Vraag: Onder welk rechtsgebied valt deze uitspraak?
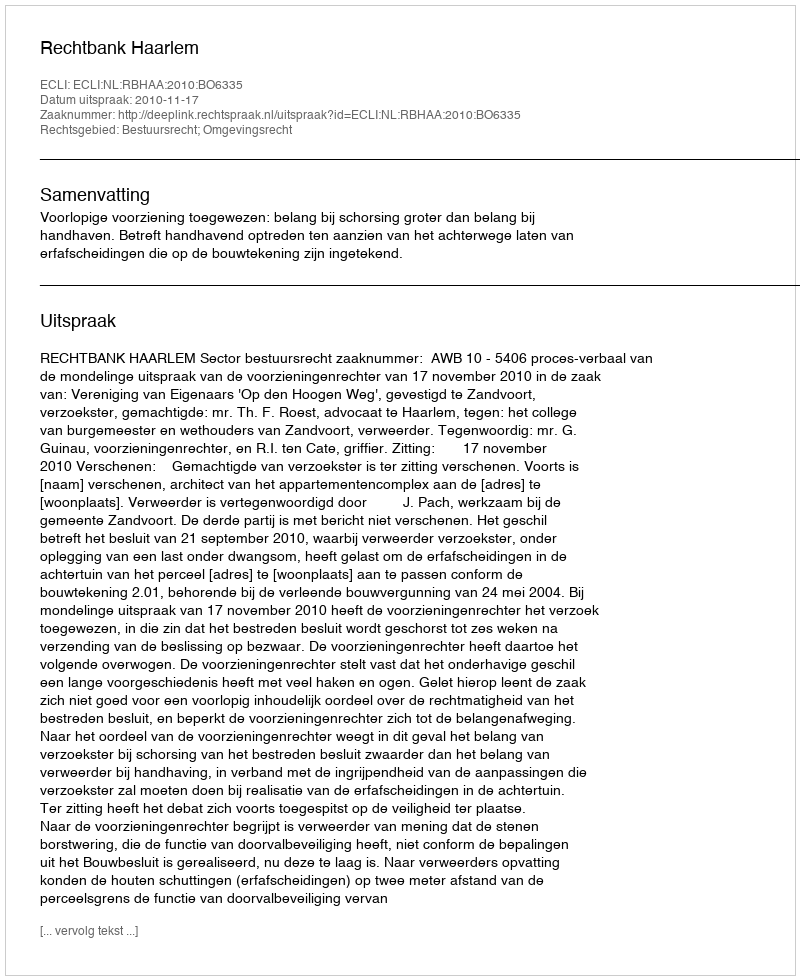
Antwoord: Bestuursrecht; Omgevingsrecht